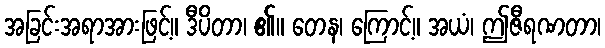
အခြင်းအရာအားဖြင့်။ ဒီပိတာ၊ ၏။ တေန၊ ကြောင့်။ အယံ၊ ဤဇီရဏတာ၊